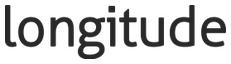
longitude